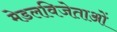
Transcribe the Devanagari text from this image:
मेडलविजेताओं